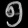
Digit: ၅